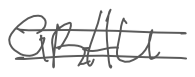
Text: GRAU
Cross-out: double-line
Writing tool: digital_gray